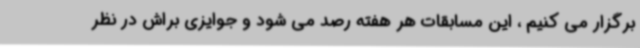
برگزار می کنیم ، این مسابقات هر هفته رصد می شود و جوایزی براش در نظر